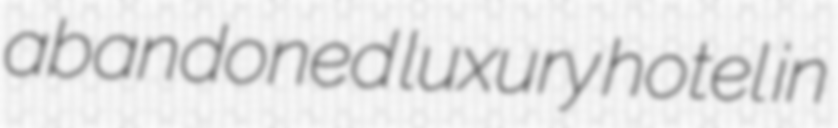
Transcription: abandoned luxury hotel in